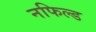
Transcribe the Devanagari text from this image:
नफिल्ड